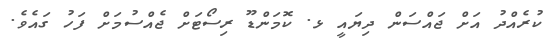
ކުރެއްދު އަށް ޖައްސަން ދިޔައީ ޅ. ކޮމަންޑޫ ރިސޯޓަށް ޖެއްސުމަށް ފަހު ގައެވެ.